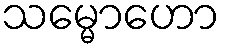
သမ္မောဟော